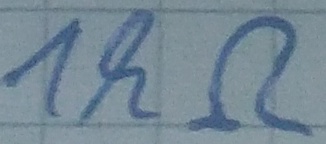
Text: 1kΩ